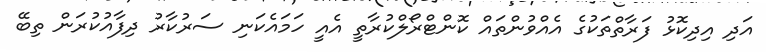
އަދި އިދިކޮޅު ފަރާތްތަކުގެ އެއްވުންތައް ކޮންޓްރޯލްކުރާތީ އެއީ ހަމައެކަނި ސަރުކާރު ދިފާއުކުރަން ތިބޭ